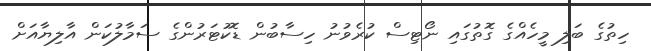
ހިތުގެ ބަލި މީހެއްގެ ގޮތުގައި ނޯޓިސް ކުރެވުނު ހިސާބުން ޑޮކުޓަރުންގެ ސަމާލުކަން އާލިޔާއަށް